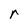
Character: r